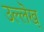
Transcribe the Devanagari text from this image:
उल्लॆख्